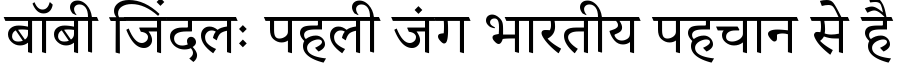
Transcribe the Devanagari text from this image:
बॉबी जिंदलः पहली जंग भारतीय पहचान से है